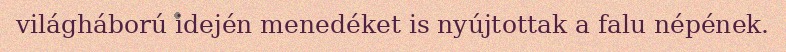
világháború idején menedéket is nyújtottak a falu népének.